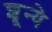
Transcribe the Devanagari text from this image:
शून्ये